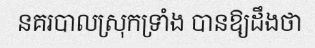
នគរបាលស្រុកទ្រាំង បានឱ្យដឹងថា